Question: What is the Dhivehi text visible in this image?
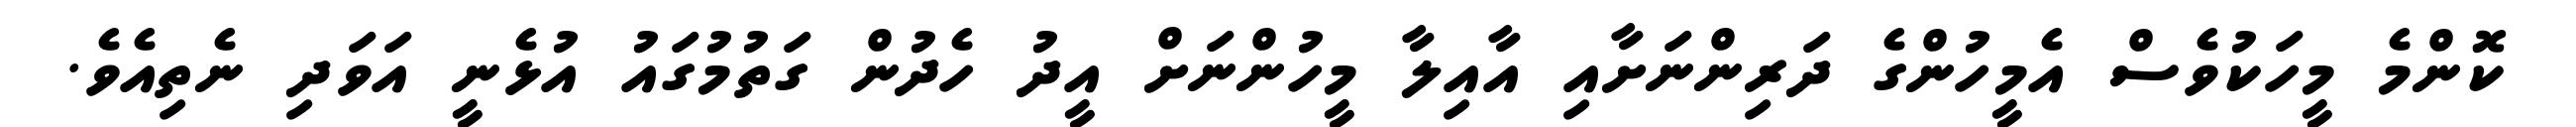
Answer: ކޮންމެ މީހަކުވެސް އެމީހުންގެ ދަރިންނަށާއި އާއިލާ މީހުންނަށް އީދު ހެދުން ގަތުމުގައު އުޅެނީ އަވަދި ނެތިއެވެ.